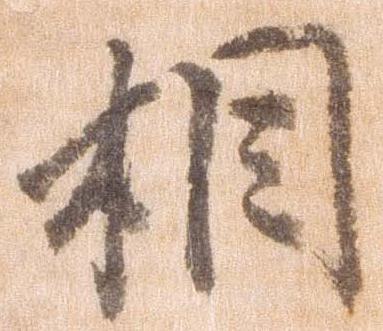
相